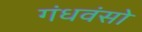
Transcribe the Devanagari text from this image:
गंधवंसो